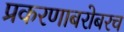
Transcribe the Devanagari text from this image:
प्रकरणाबरोबरच